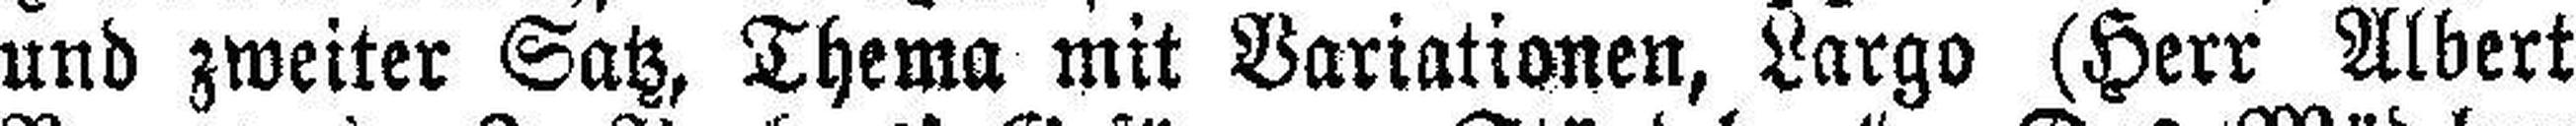
und zweiter Satz, Thema mit Variationen, Largo (Herr Albert